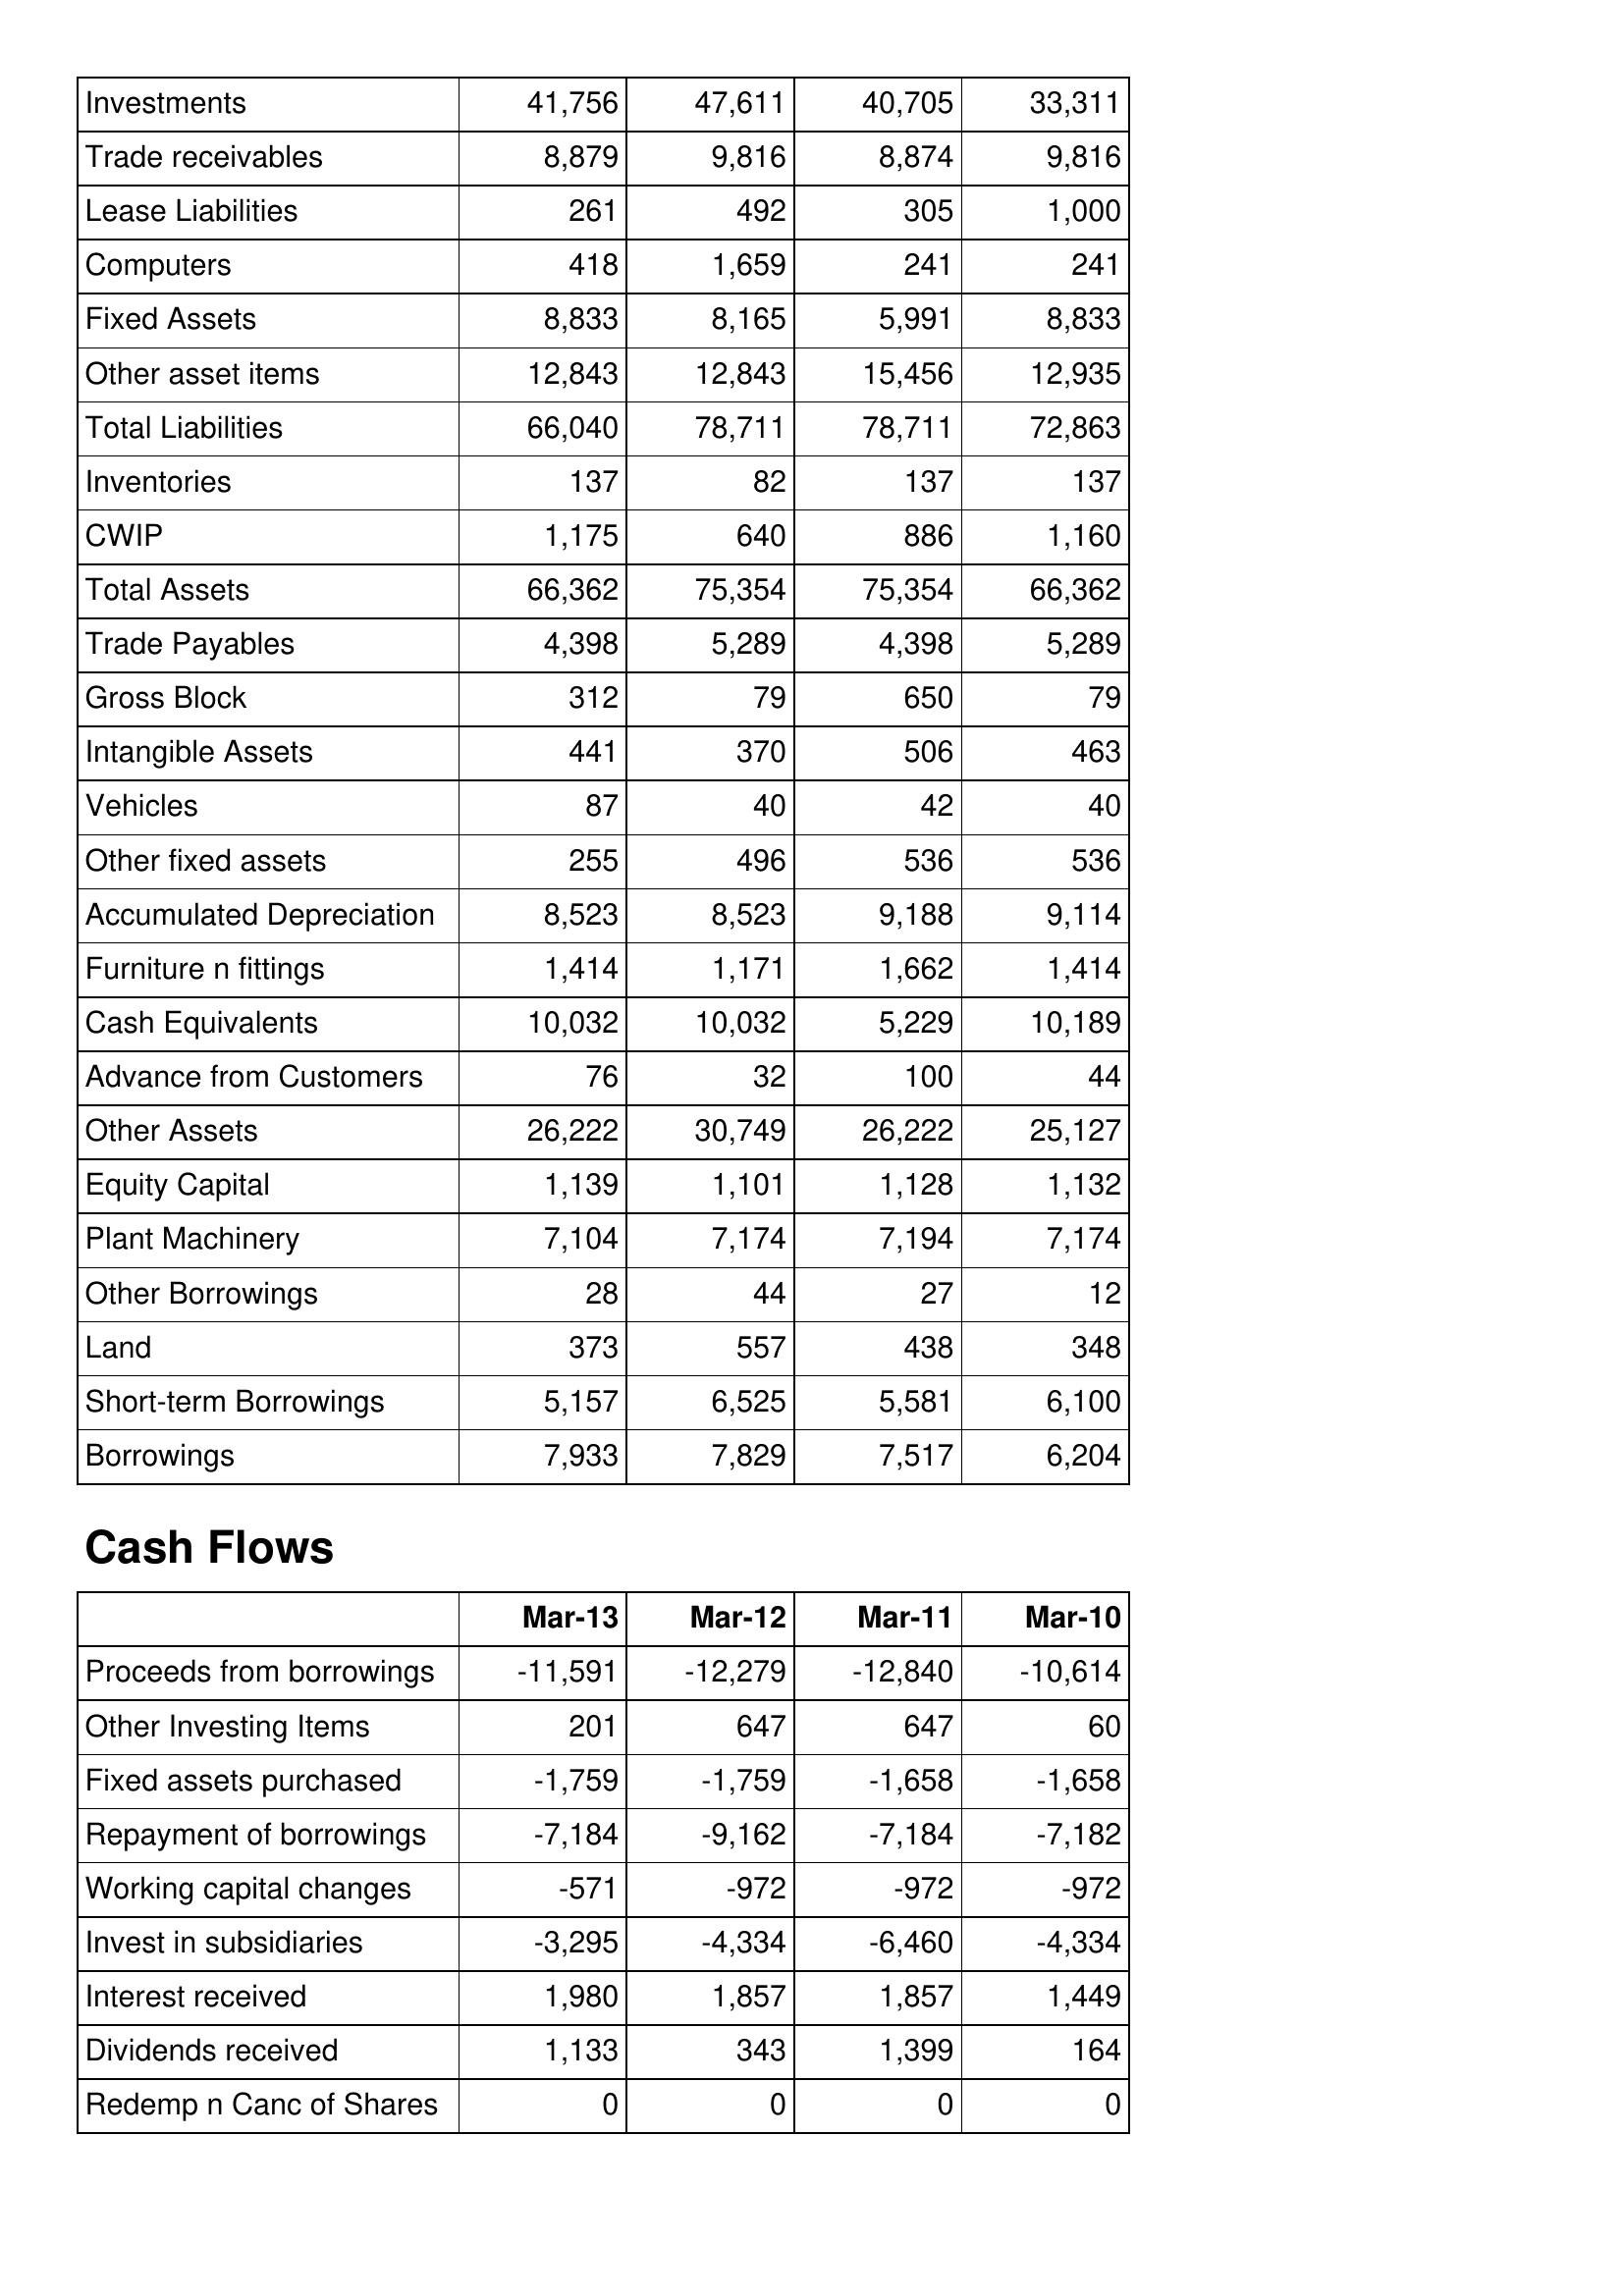
Mar-13: Balance Sheet: Investments: 41,756
Trade receivables: 8,879
Lease Liabilities: 261
Computers: 418
Fixed Assets: 8,833
Other asset items: 12,843
Total Liabilities: 66,040
Inventories: 137
CWIP: 1,175
Total Assets: 66,362
Trade Payables: 4,398
Gross Block: 312
Intangible Assets: 441
Vehicles: 87
Other fixed assets: 255
Accumulated Depreciation: 8,523
Furniture n fittings: 1,414
Cash Equivalents: 10,032
Advance from Customers: 76
Other Assets: 26,222
Equity Capital: 1,139
Plant Machinery: 7,104
Other Borrowings: 28
Land: 373
Short-term Borrowings: 5,157
Borrowings: 7,933
Cash Flows: Proceeds from borrowings: -11,591
Other Investing Items: 201
Fixed assets purchased: -1,759
Repayment of borrowings: -7,184
Working capital changes: -571
Invest in subsidiaries: -3,295
Interest received: 1,980
Dividends received: 1,133
Redemp n Canc of Shares: 0
Mar-12: Balance Sheet: Investments: 47,611
Trade receivables: 9,816
Lease Liabilities: 492
Computers: 1,659
Fixed Assets: 8,165
Other asset items: 12,843
Total Liabilities: 78,711
Inventories: 82
CWIP: 640
Total Assets: 75,354
Trade Payables: 5,289
Gross Block: 79
Intangible Assets: 370
Vehicles: 40
Other fixed assets: 496
Accumulated Depreciation: 8,523
Furniture n fittings: 1,171
Cash Equivalents: 10,032
Advance from Customers: 32
Other Assets: 30,749
Equity Capital: 1,101
Plant Machinery: 7,174
Other Borrowings: 44
Land: 557
Short-term Borrowings: 6,525
Borrowings: 7,829
Cash Flows: Proceeds from borrowings: -12,279
Other Investing Items: 647
Fixed assets purchased: -1,759
Repayment of borrowings: -9,162
Working capital changes: -972
Invest in subsidiaries: -4,334
Interest received: 1,857
Dividends received: 343
Redemp n Canc of Shares: 0
Mar-11: Balance Sheet: Investments: 40,705
Trade receivables: 8,874
Lease Liabilities: 305
Computers: 241
Fixed Assets: 5,991
Other asset items: 15,456
Total Liabilities: 78,711
Inventories: 137
CWIP: 886
Total Assets: 75,354
Trade Payables: 4,398
Gross Block: 650
Intangible Assets: 506
Vehicles: 42
Other fixed assets: 536
Accumulated Depreciation: 9,188
Furniture n fittings: 1,662
Cash Equivalents: 5,229
Advance from Customers: 100
Other Assets: 26,222
Equity Capital: 1,128
Plant Machinery: 7,194
Other Borrowings: 27
Land: 438
Short-term Borrowings: 5,581
Borrowings: 7,517
Cash Flows: Proceeds from borrowings: -12,840
Other Investing Items: 647
Fixed assets purchased: -1,658
Repayment of borrowings: -7,184
Working capital changes: -972
Invest in subsidiaries: -6,460
Interest received: 1,857
Dividends received: 1,399
Redemp n Canc of Shares: 0
Mar-10: Balance Sheet: Investments: 33,311
Trade receivables: 9,816
Lease Liabilities: 1,000
Computers: 241
Fixed Assets: 8,833
Other asset items: 12,935
Total Liabilities: 72,863
Inventories: 137
CWIP: 1,160
Total Assets: 66,362
Trade Payables: 5,289
Gross Block: 79
Intangible Assets: 463
Vehicles: 40
Other fixed assets: 536
Accumulated Depreciation: 9,114
Furniture n fittings: 1,414
Cash Equivalents: 10,189
Advance from Customers: 44
Other Assets: 25,127
Equity Capital: 1,132
Plant Machinery: 7,174
Other Borrowings: 12
Land: 348
Short-term Borrowings: 6,100
Borrowings: 6,204
Cash Flows: Proceeds from borrowings: -10,614
Other Investing Items: 60
Fixed assets purchased: -1,658
Repayment of borrowings: -7,182
Working capital changes: -972
Invest in subsidiaries: -4,334
Interest received: 1,449
Dividends received: 164
Redemp n Canc of Shares: 0